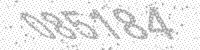
Solution: 085184